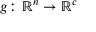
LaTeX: g \colon \mathbb { R } ^ { n } \rightarrow \mathbb { R } ^ { c }